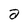
Character: a